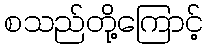
စသည်တို့ကြောင့်